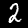
Label: 2